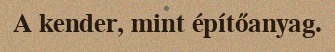
A kender, mint építőanyag.